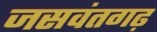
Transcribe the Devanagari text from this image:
जसवंतगढ़